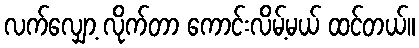
လက်လျှော့ လိုက်တာ ကောင်းလိမ့်မယ် ထင်တယ်။